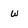
Character: W